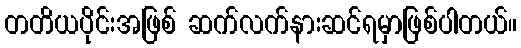
တတိယပိုင်းအဖြစ် ဆက်လက်နားဆင်ရမှာဖြစ်ပါတယ်။